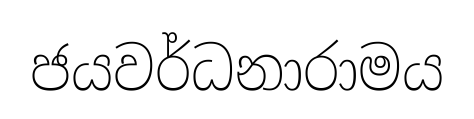
ජයවර්ධනාරාමය